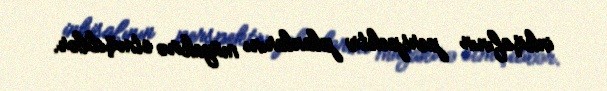
inkişafının perspektiv planlarını müzakirə etmişdilər.